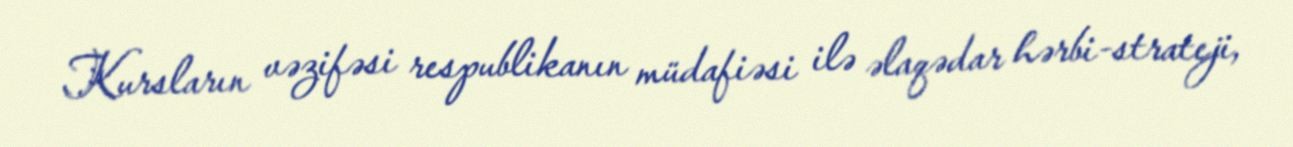
Kursların vəzifəsi respublikanın müdafiəsi ilə əlaqədar hərbi-strateji,